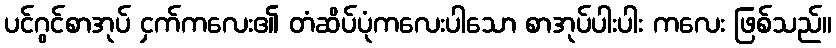
ပင်ဂွင်စာအုပ် ငှက်ကလေး၏ တံဆိပ်ပုံကလေးပါသော စာအုပ်ပါးပါး ကလေး ဖြစ်သည်။